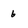
Character: 6